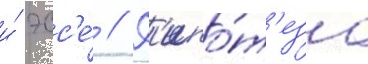
и́ эсс'е́ // Г'ипо́т'еза